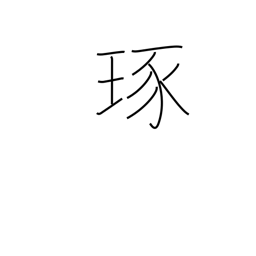
Meaning: polish